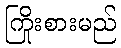
ကြိုးစားမည်